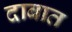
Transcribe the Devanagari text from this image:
दाबात